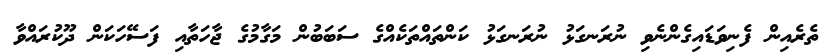
ތެރެއިން ފެނިވަޑައިގެންނެވި ނުރަނގަޅު ނުރަނގަޅު ކަންތައްތަކެއްގެ ސަބަބުން މަގާމުގެ ޖާހަތާއި ފަސޭހަކަން ދޫކުރައްވާ